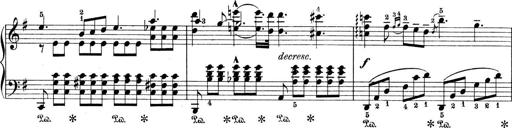
Title: 9 Sonatinen
Composer: Alexander Winterberger